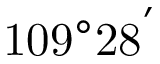
\mathrm { 1 0 9 ^ { \circ } 2 8 ^ { ' } }